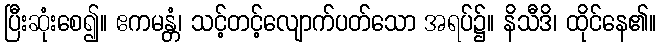
ပြီးဆုံးစေ၍။ ဧကမန္တံ၊ သင့်တင့်လျောက်ပတ်သော အရပ်၌။ နိသီဒိ၊ ထိုင်နေ၏။